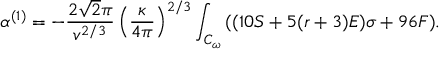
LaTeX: \alpha ^ { ( 1 ) } = - \frac { 2 \sqrt { 2 } \pi } { v ^ { 2 / 3 } } \left( \frac { \kappa } { 4 \pi } \right) ^ { 2 / 3 } \int _ { { \cal { C } } _ { \omega } } { ( ( 1 0 S + 5 ( r + 3 ) { \cal { E } } ) \sigma + 9 6 F ) } .